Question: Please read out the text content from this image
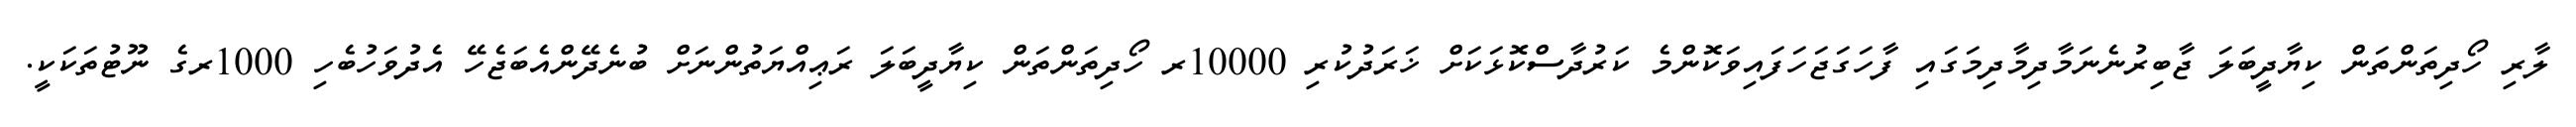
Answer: ލާރި ހޯދިތަންތަން ކިޔާދީބަލަ ޖާބިރުނެނަމާދިމާދިމަގައި ފާހަގަޖަހަފައިވަކޮންމެ ކަރުދާސްކޮޅަކަށް ޚަރަދުކުރި 10000ރ ހޯދިތަންތަން ކިޔާދީބަލަ ރަޢިއްޔަތުންނަށް ބުނެދޭންއެބަޖެހޭ އެދުވަހުބެހި 1000ރގެ ނޫޓުތަކަކީ.